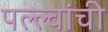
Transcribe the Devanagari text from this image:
पल्ल्वांची